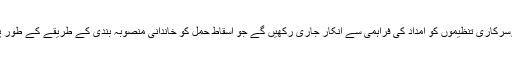
ماضی کی طرح اب بھی ہم بیرون ملک ایسی غیرسرکاری تنظیموں کو امداد کی فراہمی سے انکار جاری رکھیں گے جو اسقاط حمل کو خاندانی منصوبہ بندی کے طریقے کے طور پر کام میں لاتی یا عملاً اس کی حمایت کرتی ہیں۔